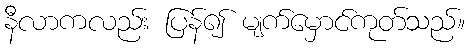
နီလာကလည်း ပြန်၍ မျက်မှောင်ကုတ်သည်။